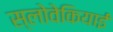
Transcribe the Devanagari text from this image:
स्लोवेकियाई